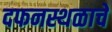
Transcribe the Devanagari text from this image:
दफनस्थळाचे